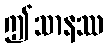
ဤသာနဿ